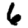
Digit: 6